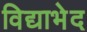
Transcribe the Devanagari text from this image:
विद्याभेद